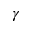
\gamma